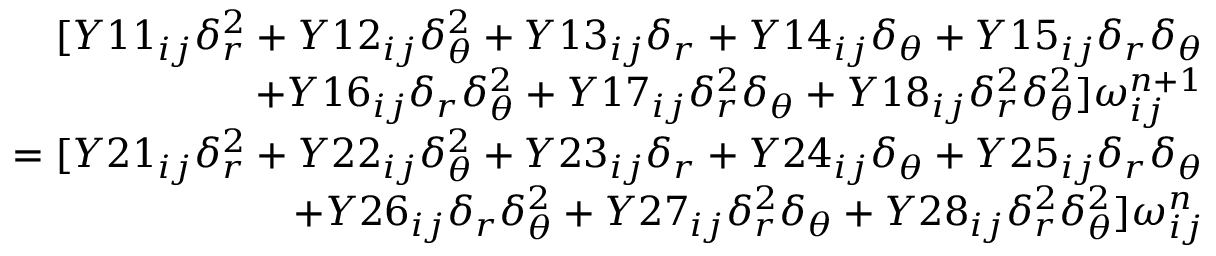
\begin{array} { r } { [ Y 1 1 _ { i j } \delta _ { r } ^ { 2 } + Y 1 2 _ { i j } \delta _ { \theta } ^ { 2 } + Y 1 3 _ { i j } \delta _ { r } + Y 1 4 _ { i j } \delta _ { \theta } + Y 1 5 _ { i j } \delta _ { r } \delta _ { \theta } } \\ { + Y 1 6 _ { i j } \delta _ { r } \delta _ { \theta } ^ { 2 } + Y 1 7 _ { i j } \delta _ { r } ^ { 2 } \delta _ { \theta } + Y 1 8 _ { i j } \delta _ { r } ^ { 2 } \delta _ { \theta } ^ { 2 } ] \omega _ { i j } ^ { n + 1 } } \\ { = [ Y 2 1 _ { i j } \delta _ { r } ^ { 2 } + Y 2 2 _ { i j } \delta _ { \theta } ^ { 2 } + Y 2 3 _ { i j } \delta _ { r } + Y 2 4 _ { i j } \delta _ { \theta } + Y 2 5 _ { i j } \delta _ { r } \delta _ { \theta } } \\ { + Y 2 6 _ { i j } \delta _ { r } \delta _ { \theta } ^ { 2 } + Y 2 7 _ { i j } \delta _ { r } ^ { 2 } \delta _ { \theta } + Y 2 8 _ { i j } \delta _ { r } ^ { 2 } \delta _ { \theta } ^ { 2 } ] \omega _ { i j } ^ { n } } \end{array}